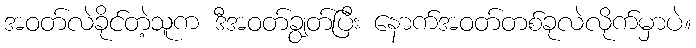
အဝတ်လဲခိုင်တဲ့သူက ဒီအဝတ်ချွတ်ပြီး နောက်အဝတ်တစ်ခုလဲလိုက်မှာပဲ။